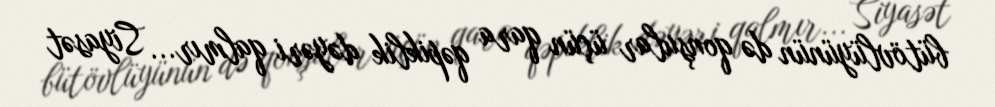
bütövlüyünün də qonşular üçün qara qəpiklik dəyəri qalmır... Siyasət